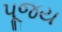
પૂજય